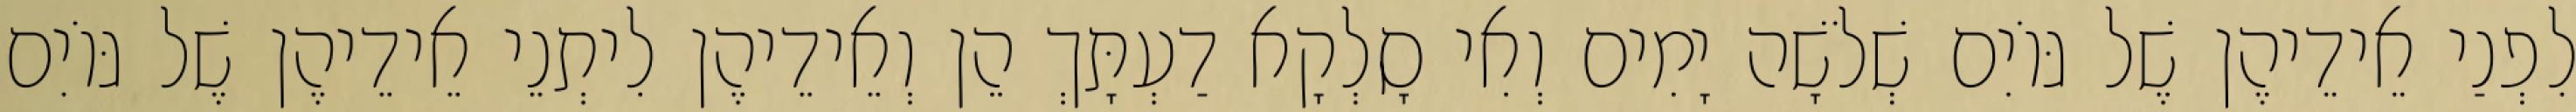
לִפְנַי אֵידֵיהֶן שֶׁל גּוֹיִם שְׁלֹשָׁה יָמִים וְאִי סָלְקָא דַעְתָּךְ הֵן וְאֵידֵיהֶן לִיתְנֵי אֵידֵיהֶן שֶׁל גּוֹיִם